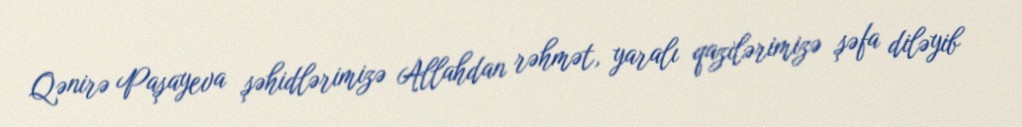
Qənirə Paşayeva şəhidlərimizə Allahdan rəhmət, yaralı qazilərimizə şəfa diləyib